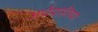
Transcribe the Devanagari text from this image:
अर्थप्राप्तीच्या